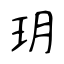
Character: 玥